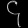
Digit: ၄